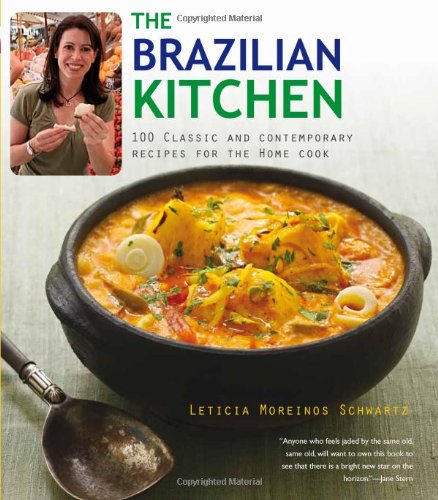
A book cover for The Brazilian Kitchen: 100 Classic and Creative Recipes for the Home Cook; Leticia Moreinos Schwartz; Cookbooks, Food & Wine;